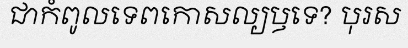
ជាកំពូលទេពកោសល្យឫទេ? បុរស